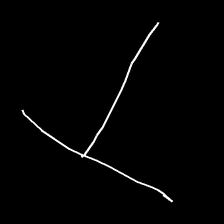
Glyph: column